Civil Veterinary Department. Central Provinces & Berar 1932-41 - 1932-1941
Year: 1932
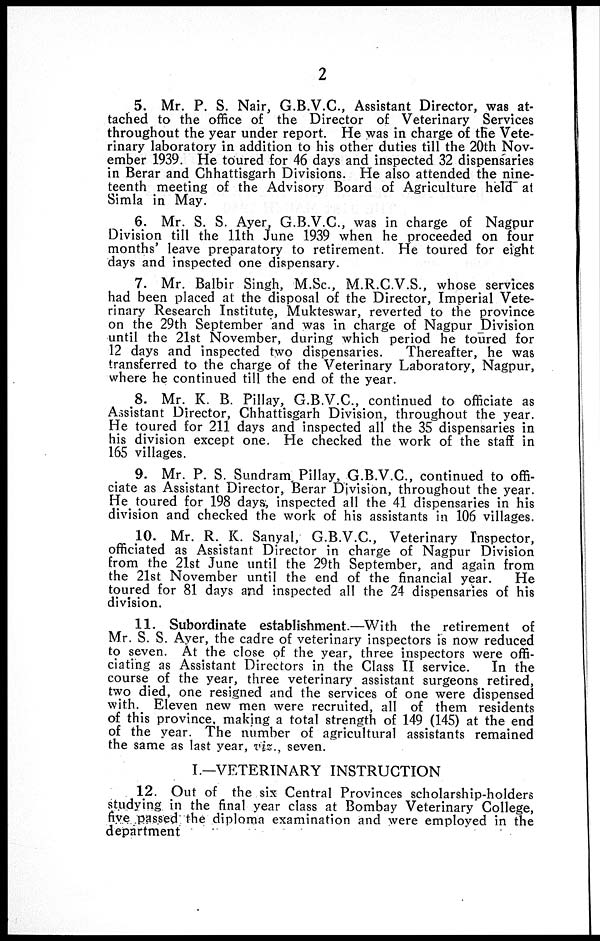
2
5. Mr. P. S. Nair, G.B.V.C., Assistant Director, was at-
tached to the office of the Director of Veterinary Services
throughout the year under report. He was in charge of the Vete-
rinary laboratory in addition to his other duties till the 20th Nov-
ember 1939. He toured for 46 days and inspected 32 dispensaries
in Berar and Chhattisgarh Divisions. He also attended the nine-
teenth meeting of the Advisory Board of Agriculture held at
Simla in May.
6. Mr. S. S. Ayer, G.B.V.C, was in charge of Nagpur
Division till the 11th June 1939 when he proceeded on four
months' leave preparatory to retirement. He toured for eight
days and inspected one dispensary.
7. Mr. Balbir Singh, M.Sc, M.R.C.V.S., whose services
had been placed at the disposal of the Director, Imperial Vete-
rinary Research Institute, Mukteswar, reverted to the province
on the 29th September and was in charge of Nagpur Division
until the 21st November, during which period he toured for
12 days and inspected two dispensaries.
Thereafter, he was
transferred to the charge of the Veterinary Laboratory, Nagpur,
where he continued till the end of the year.
8. Mr. K. B. Pillay, G.B.V.C, continued to officiate as
Assistant Director, Chhattisgarh Division, throughout the year.
He toured for 211 days and inspected all the 35 dispensaries in
his division except one. He checked the work of the staff in
165 villages.
9. Mr. P. S. Sundram Pillay, G.B.V.C, continued to offi-
ciate as Assistant Director, Berar Division, throughout the year.
He toured for 198 days, inspected all the 41 dispensaries in his
division and checked the work of his assistants in 106 villages.
10. Mr. R. K. Sanyal, G.B.V.C, Veterinary Inspector,
officiated as Assistant Director in charge of Nagpur Division
from the 21st June until the 29th September, and again from
the 21st November until the end of the financial year.
He
toured for 81 days and inspected all the 24 dispensaries of his
division.
11. Subordinate establishment.—With the retirement of
Mr. S. S. Ayer, the cadre of veterinary inspectors is now reduced
to seven. At the close of the year, three inspectors were offi-
ciating as Assistant Directors in the Class II service. In the
course of the year, three veterinary assistant surgeons retired,
two died, one resigned and the services of one were dispensed
with. Eleven new men were recruited, all of them residents
of this province, making a total strength of 149 (145) at the end
of the year. The number of agricultural assistants remained
the same as last year, viz., seven.
I.—VETERINARY INSTRUCTION
12. Out of the six Central Provinces scholarship-holders
studying in the final year class at Bombay Veterinary College,
five passed the diploma examination and were employed in the
department